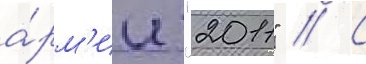
а́рм'ии "2011" // С